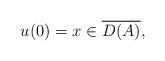
LaTeX: \begin{align*}u(0)=x \in \overline{D(A)},\end{align*}